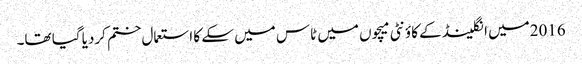
2016میں انگلینڈ کے کاؤنٹی میچوں میں ٹاس میں سکے کا استعمال ختم کردیا گیا تھا۔